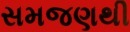
સમજણથી